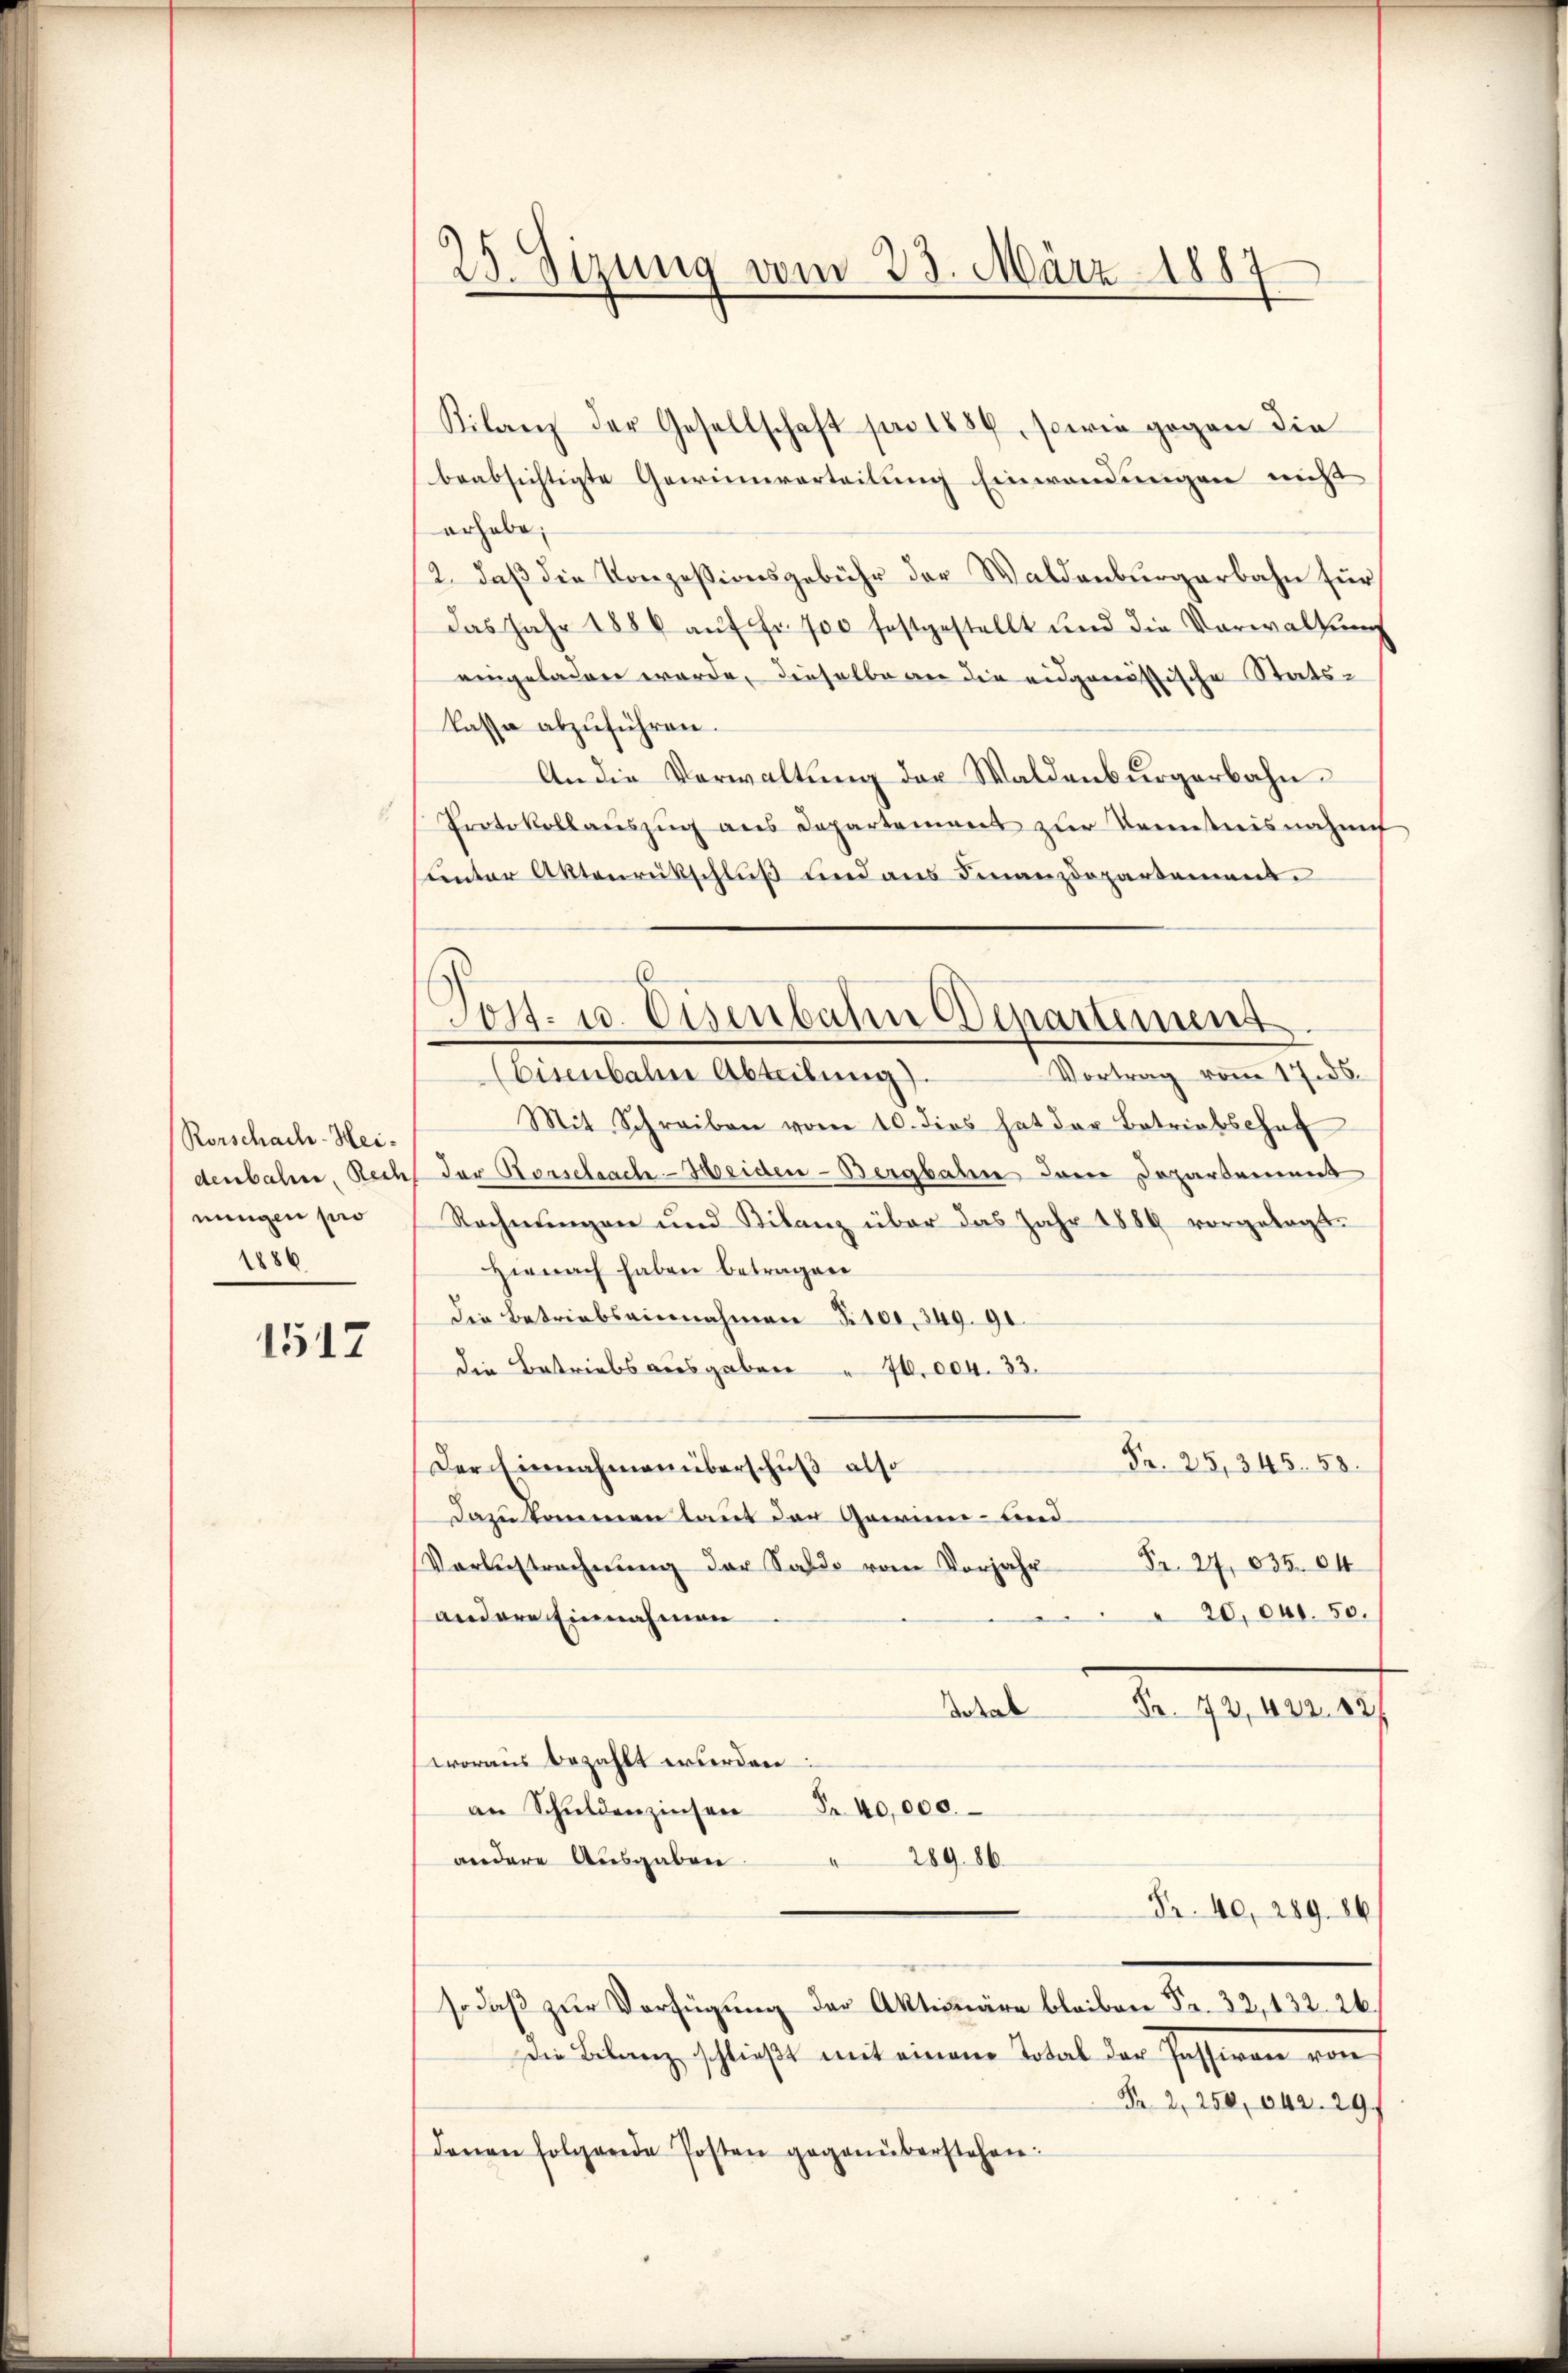
Rorschach-Hei-
denbahne Red
ningen pro
1886

1517

25. Sitzung vom 23. März 1887

Kilanz der Gesellschaft pro 1884, sowie gegen die
beabsichtigte Gewinnverteilung Einwendungen nicht
erhabe;
12. daß die Konzessionsgebühr der Waldenburgerbahn für
das Jahr 1886 aŭf fr. 700 festgestellt und die Verwaltŭng
eingeladen werde, dieselbe an die eidgenössische Stats-
kasse abzuführen.
An die Verwaltung der Waldenburgerbahn
Protokollaŭszŭg ans Departement zur Kenntnisnahm
unter Aktenrückschluß und aus Finanzdepartement.
Vortrag vom 17. ds.
(Eisenbahne Abteilung).
Mit Schreiben vom 10. dies hat der Betriebschaf
der Rosselsach-Heiden-Bergbahn das Dopartement
Rechnŭngen und Bilanz über das Jahr 1886 vorgelegt.
Hienach haben betragen
Die Betriebseinnahmen S. 100, 349. 91.
die Betriebsausgaben " 70. 004. 33.
Fr. 25, 345. 58.
Der Einnahmen überschuß also
Dazu kommen laut der Garnen- und
Fr. 27, 835. 64
Vorbestrechnung der Saldo vom Vorjahr
20,041. 50.
andere Einnahmen
dotal
Fr. 72, 422. 827
woraus bezahlt werden:
an Schŭldenzinsen Fr. 40,000.
andere Ausgaben.
28986
Fr. 40, 289. 86.
so daß zur Verfügung der Aktimäre bleiben Fr. 32, 132. 26.
Die Belang schließt mit einem Total der Passiven von
Nr. 2, 250, 642. 29
denen folgende Posten gegenüberstehen:

Post. 10. Eisenbahn Departement